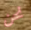
نحن